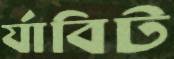
র‍্যাবিট